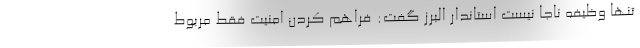
تنها وظیفه ناجا نیست استاندار البرز گفت: فراهم کردن امنیت فقط مربوط